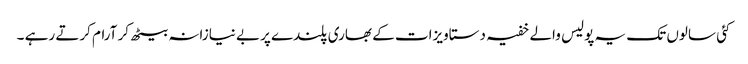
کئی سالوں تک یہ پولیس والے خفیہ دستاویزات کے بھاری پلندے پربے نیازانہ بیٹھ کر آرام کرتے رہے ۔